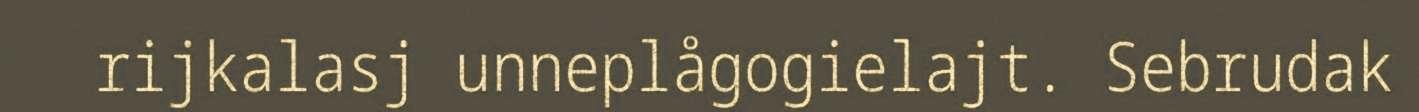
rijkalasj unneplågogielajt. Sebrudak